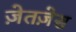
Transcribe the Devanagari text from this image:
ज़ेतज़ेस